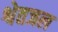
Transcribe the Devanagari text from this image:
श्वेतजल